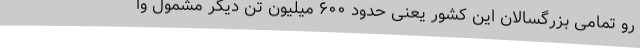
رو تمامی بزرگسالان این کشور یعنی حدود ۶۰۰ میلیون تن دیگر مشمول وا